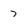
Character: 7